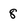
Character: 8